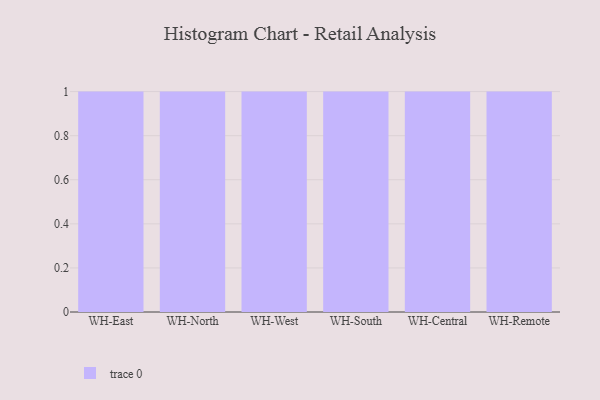
{"axis": {"x": "Warehouse", "y": "Tickets Resolved"}, "legend": [""], "data": [{"x": "WH-East", "y": 53, "type": ""}, {"x": "WH-North", "y": 71, "type": ""}, {"x": "WH-West", "y": 99, "type": ""}, {"x": "WH-South", "y": 87, "type": ""}, {"x": "WH-Central", "y": 53, "type": ""}, {"x": "WH-Remote", "y": 96, "type": ""}]}